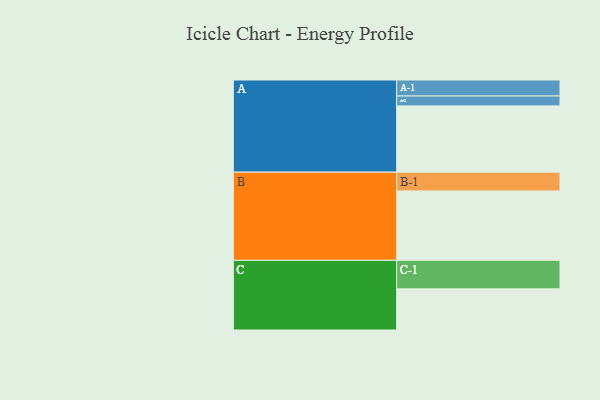
{"axis": {"x": "Segment", "y": "Value"}, "legend": ["", "A", "B", "C"], "data": [{"x": "A", "y": 530, "type": ""}, {"x": "B", "y": 555, "type": ""}, {"x": "C", "y": 329, "type": ""}, {"x": "A-1", "y": 128, "type": "A"}, {"x": "A-2", "y": 79, "type": "A"}, {"x": "B-1", "y": 150, "type": "B"}, {"x": "C-1", "y": 228, "type": "C"}]}